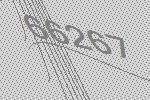
66267